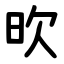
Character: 欥